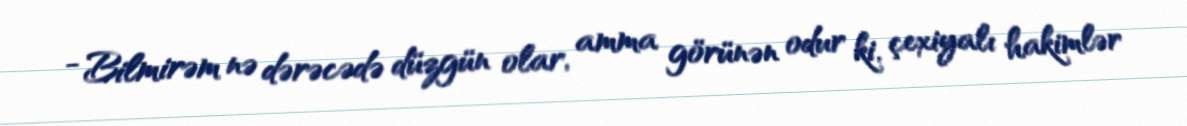
- Bilmirəm nə dərəcədə düzgün olar, amma görünən odur ki, çexiyalı hakimlər